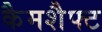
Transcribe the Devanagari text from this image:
कैमशैफ्ट